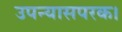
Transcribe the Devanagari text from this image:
उपन्यासपरक।